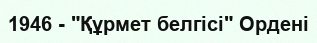
1946 - "Құрмет белгісі" Ордені